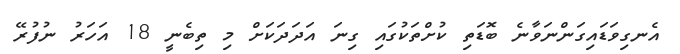
އެނގިވަޑައިގަންނަވާނެ ބޮޑަތި ކުށްތަކުގައި ގިނަ އަދަދަކަށް މި ތިބެނީ 18 އަހަރު ނުފުރޭ